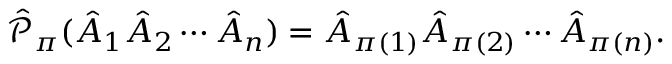
\hat { \mathscr { P } } _ { \pi } ( \hat { A } _ { 1 } \hat { A } _ { 2 } \cdots \hat { A } _ { n } ) = \hat { A } _ { \pi ( 1 ) } \hat { A } _ { \pi ( 2 ) } \cdots \hat { A } _ { \pi ( n ) } .